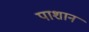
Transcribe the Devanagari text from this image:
पाशान